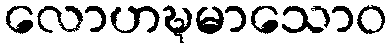
လောဟဍ္ဎမာသောဝ